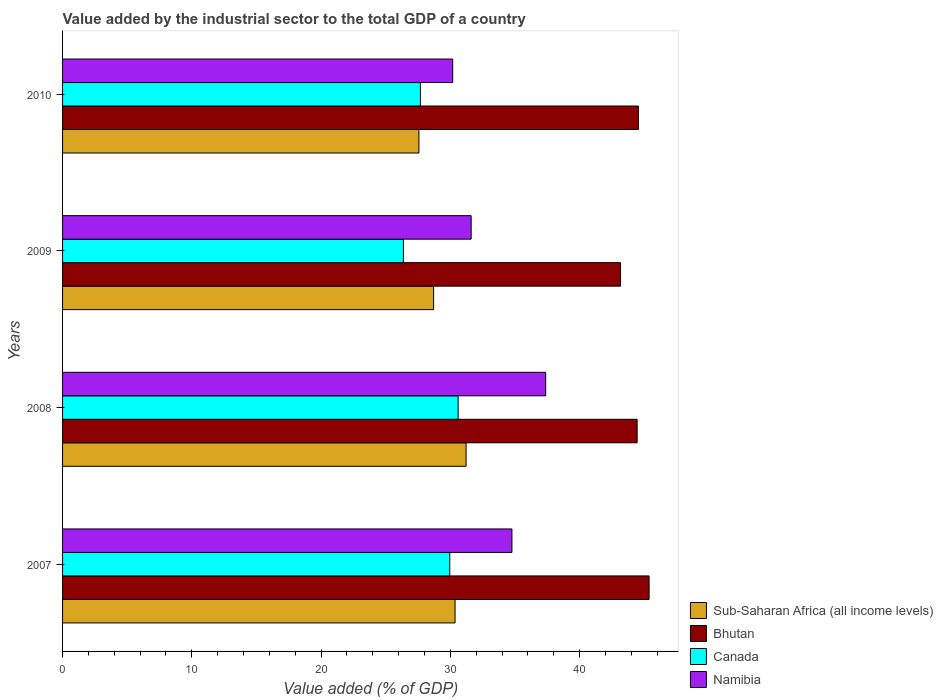
| Years | Sub-Saharan Africa (all income levels) | Bhutan | Canada | Namibia |
 | --- | --- | --- | --- | --- |
 | 2007 | 30.4 | 45.4 | 30 | 34.8 |
 | 2008 | 31.2 | 44.5 | 30.6 | 37.4 |
 | 2009 | 28.7 | 43.2 | 26.4 | 31.6 |
 | 2010 | 27.6 | 44.5 | 27.7 | 30.2 |